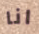
انا